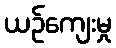
ယဉ်ကျေးမှု